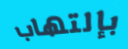
بإلتهاب